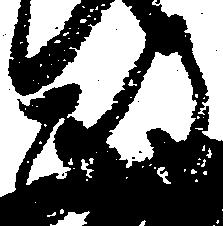
政